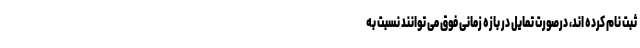
ثبت نام کرده اند، درصورت تمایل در بازه زمانی فوق می توانند نسبت به